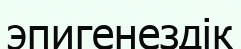
эпигенездік